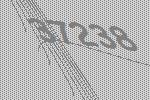
37238